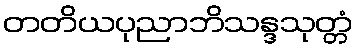
တတိယပုညာဘိသန္ဒသုတ္တံ